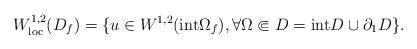
LaTeX: \begin{align*}W^{1,2}_{\mathrm{loc}}(D_f)=\{u \in W^{1,2}(\mathrm{int}\Omega_f), \forall \Omega \Subset D=\mathrm{int}D \cup \partial_1 D\}.\end{align*}